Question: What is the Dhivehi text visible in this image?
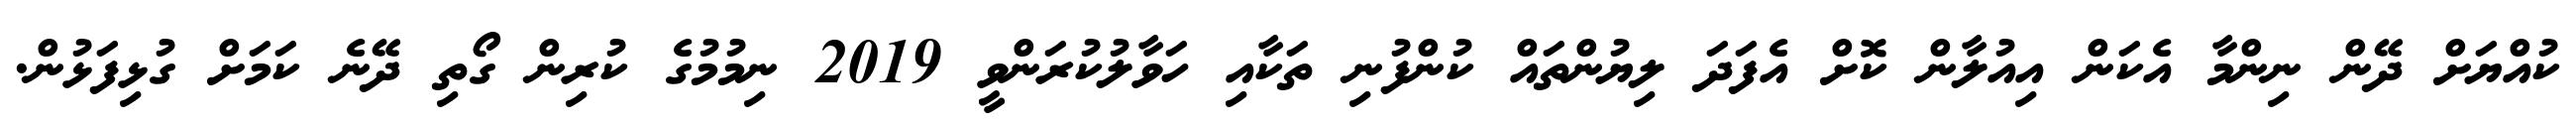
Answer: ކުއްޔަށް ދޭން ނިންމާ އެކަން އިއުލާން ކޮށް އެފަދަ ލިޔުންތައް ކުންފުނި ތަކާއި ހަވާލުކުރަންވީ 2019 ނިމުމުގެ ކުރިން ގޯތި ދޭނެ ކަމަށް ގުޅިފަޅުން.